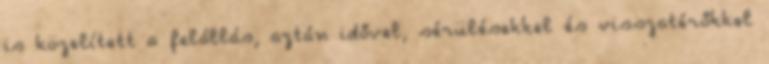
is közelített a felállás, aztán idővel, sérülésekkel és visszatérőkkel